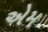
એમ